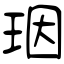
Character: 珚